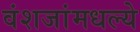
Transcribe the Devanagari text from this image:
वंशजांमधल्ये